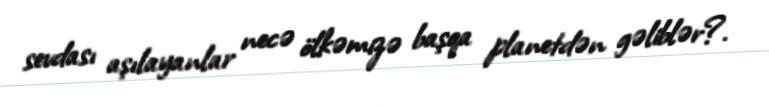
sevdası aşılayanlar necə ölkəmizə başqa planetdən gəliblər?.